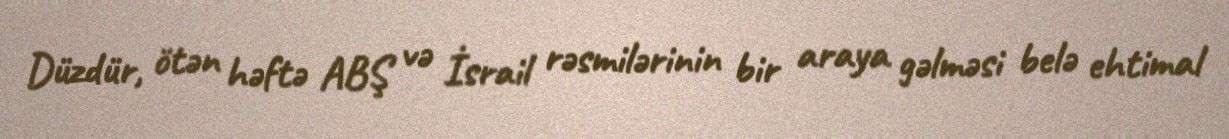
Düzdür, ötən həftə ABŞ və İsrail rəsmilərinin bir araya gəlməsi belə ehtimal